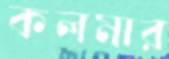
কলমার